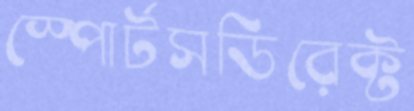
স্পোর্টসডিরেক্ট